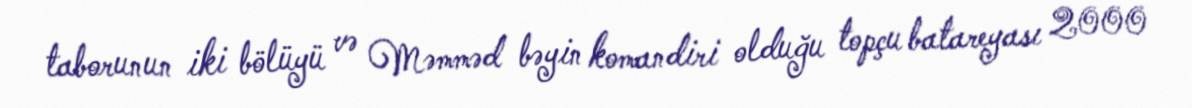
taborunun iki bölüyü və Məmməd bəyin komandiri olduğu topçu batareyası 2000